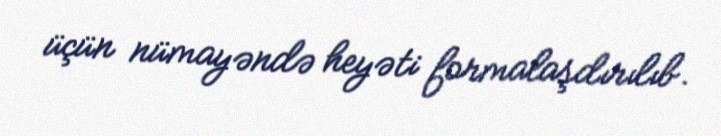
üçün nümayəndə heyəti formalaşdırılıb.